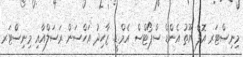
މިނިސްޓަރ އޮފް ޔޫތު އެންޑް ސްޕޯޓްސް އެމް.ޑީ. ޒާހިދު އަހްސަން ރަސަލްއާއި މިނިސްޓަރ